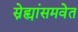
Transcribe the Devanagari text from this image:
स्नेह्यांसमवेत